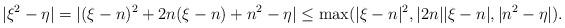
LaTeX: \begin{align*}|\xi^2 - \eta| = |(\xi - n)^2 + 2n(\xi - n) + n^{2} - \eta| \leq \max(|\xi - n|^2, |2n||\xi -n|, |n^2 - \eta|). \end{align*}